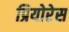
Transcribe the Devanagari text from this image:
प्रियोरेस